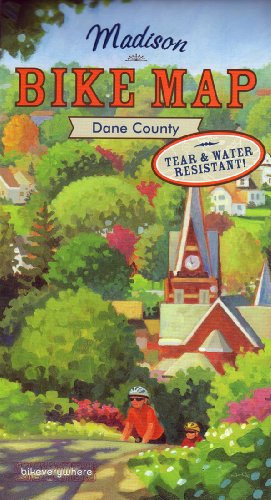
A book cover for Madison Bike Map - Dane County; Doug Shidell and Dave Milaeger; Travel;